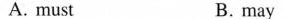
A. must B. may